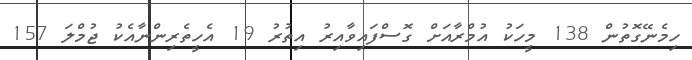
ހިމެނޭގޮތުން 138 މީހަކު އުމްރާއަށް ގޮސްފައިވާއިރު އިތުރު 19 އެހީތެރިންނާއެކު ޖުމްލަ 157